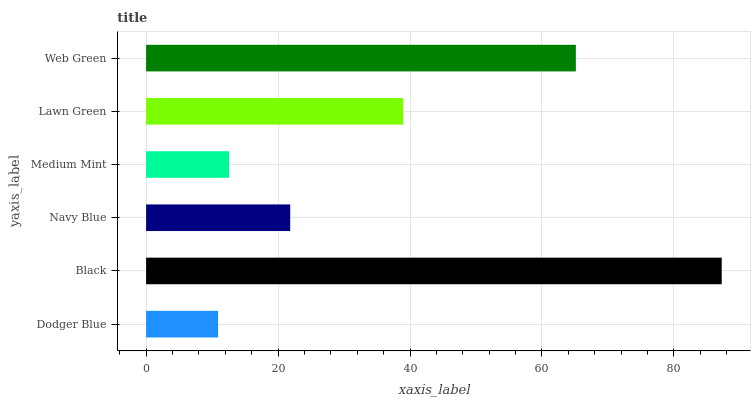
| yaxis_label | bars |
 | --- | --- |
 | Dodger Blue | 10.9 |
 | Black | 87.2 |
 | Navy Blue | 21.8 |
 | Medium Mint | 12.6 |
 | Lawn Green | 39 |
 | Web Green | 65.1 |